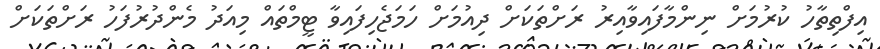
އިފްތިތާހު ކުރުމަށް ނިންމާފައިވާއިރު ރަށްތަކަށް ދިއުމަށް ހަމަޖެހިފައިވާ ޓީމްތައް މިއަދު މެންދުރުފަހު ރަށްތަކަށް